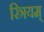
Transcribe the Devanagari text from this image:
स्त्रियम्